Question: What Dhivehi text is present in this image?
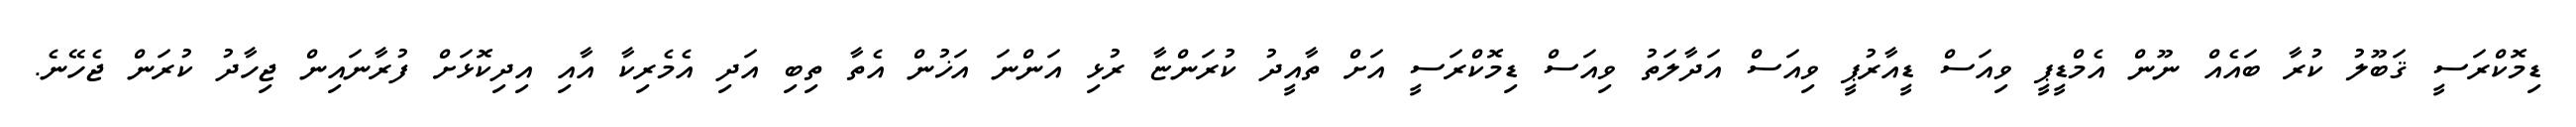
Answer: ޑިމޮކްރަސީ ޤަބޫލު ކުރާ ބައެއް ނޫން އެމްޑީޕީ ވިއަސް ޑީއާރުޕީ ވިއަސް އަދާލަތު ވިއަސް ޑިމޮކްރަސީ އަށް ތާއީދު ކުރަންޏާ ރުޅި އަންނަ އަޚުން އެތާ ތިބި އަދި އެމެރިކާ އާއި އިދިކޮޅަށް ފުރާނައިން ޖިހާދު ކުރަން ޖެހޭނެ.